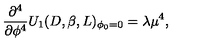
\frac { \partial ^ { 4 } } { \partial \phi ^ { 4 } } U _ { 1 } ( D , \beta , L ) _ { \phi _ { 0 } = 0 } = \lambda \mu ^ { 4 } ,